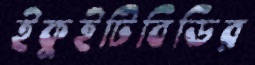
ইকুইটিবিডির